Lunatic asylums Central Provinces reports 1895-1909 - 1895-1909
Year: 1895
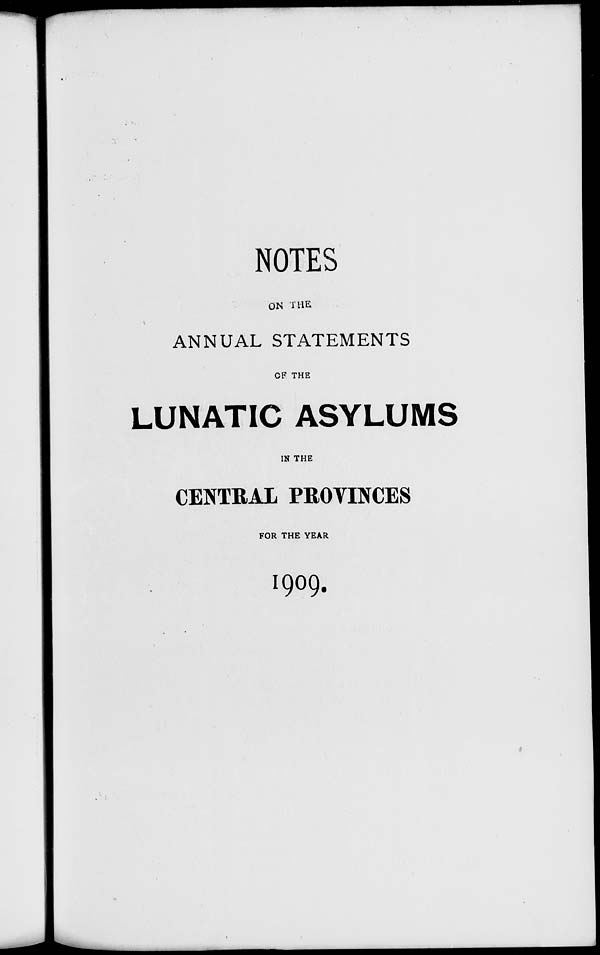
NOTES
ON THE
ANNUAL STATEMENTS
OF THE
LUNATIC ASYLUMS
IN THE
CENTRAL PROVINCES
FOR THE YEAR
1909.